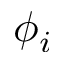
\phi _ { i }